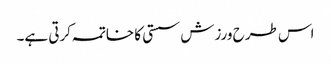
اس طرح ورزش سستی کا خاتمہ کرتی ہے۔